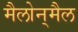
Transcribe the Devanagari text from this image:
मैलोन्‌मैल